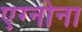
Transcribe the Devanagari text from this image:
एग्नोना